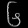
Digit: ၆